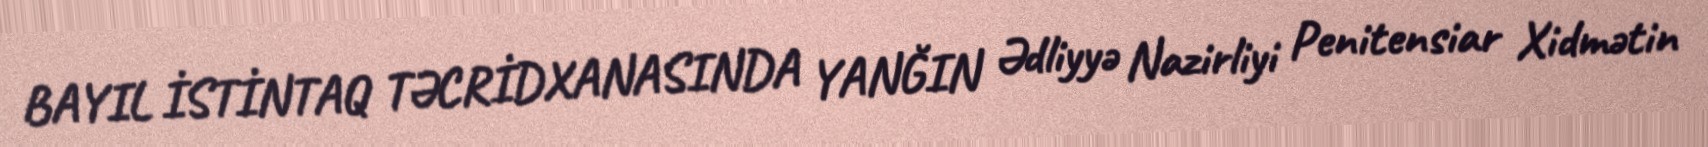
BAYIL İSTİNTAQ TƏCRİDXANASINDA YANĞIN Ədliyyə Nazirliyi Penitensiar Xidmətin